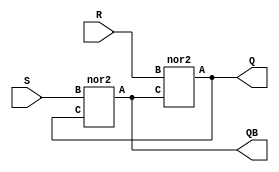
module LATCH (S,R,Q,QB); 

	input S, R; 
	output Q,QB; 

	nor2 nor_1 (Q, R, QB);
	nor2 nor_2 (QB, S, Q);

endmodule 

module nor2 (output A, input B, input C);
    assign A = ~(B | C);
endmodule